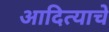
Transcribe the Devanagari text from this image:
आदित्याचे